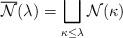
LaTeX: \begin{align*} \overline{\mathcal N}(\lambda) = \bigsqcup_{\kappa\le\lambda} \mathcal N(\kappa)\end{align*}